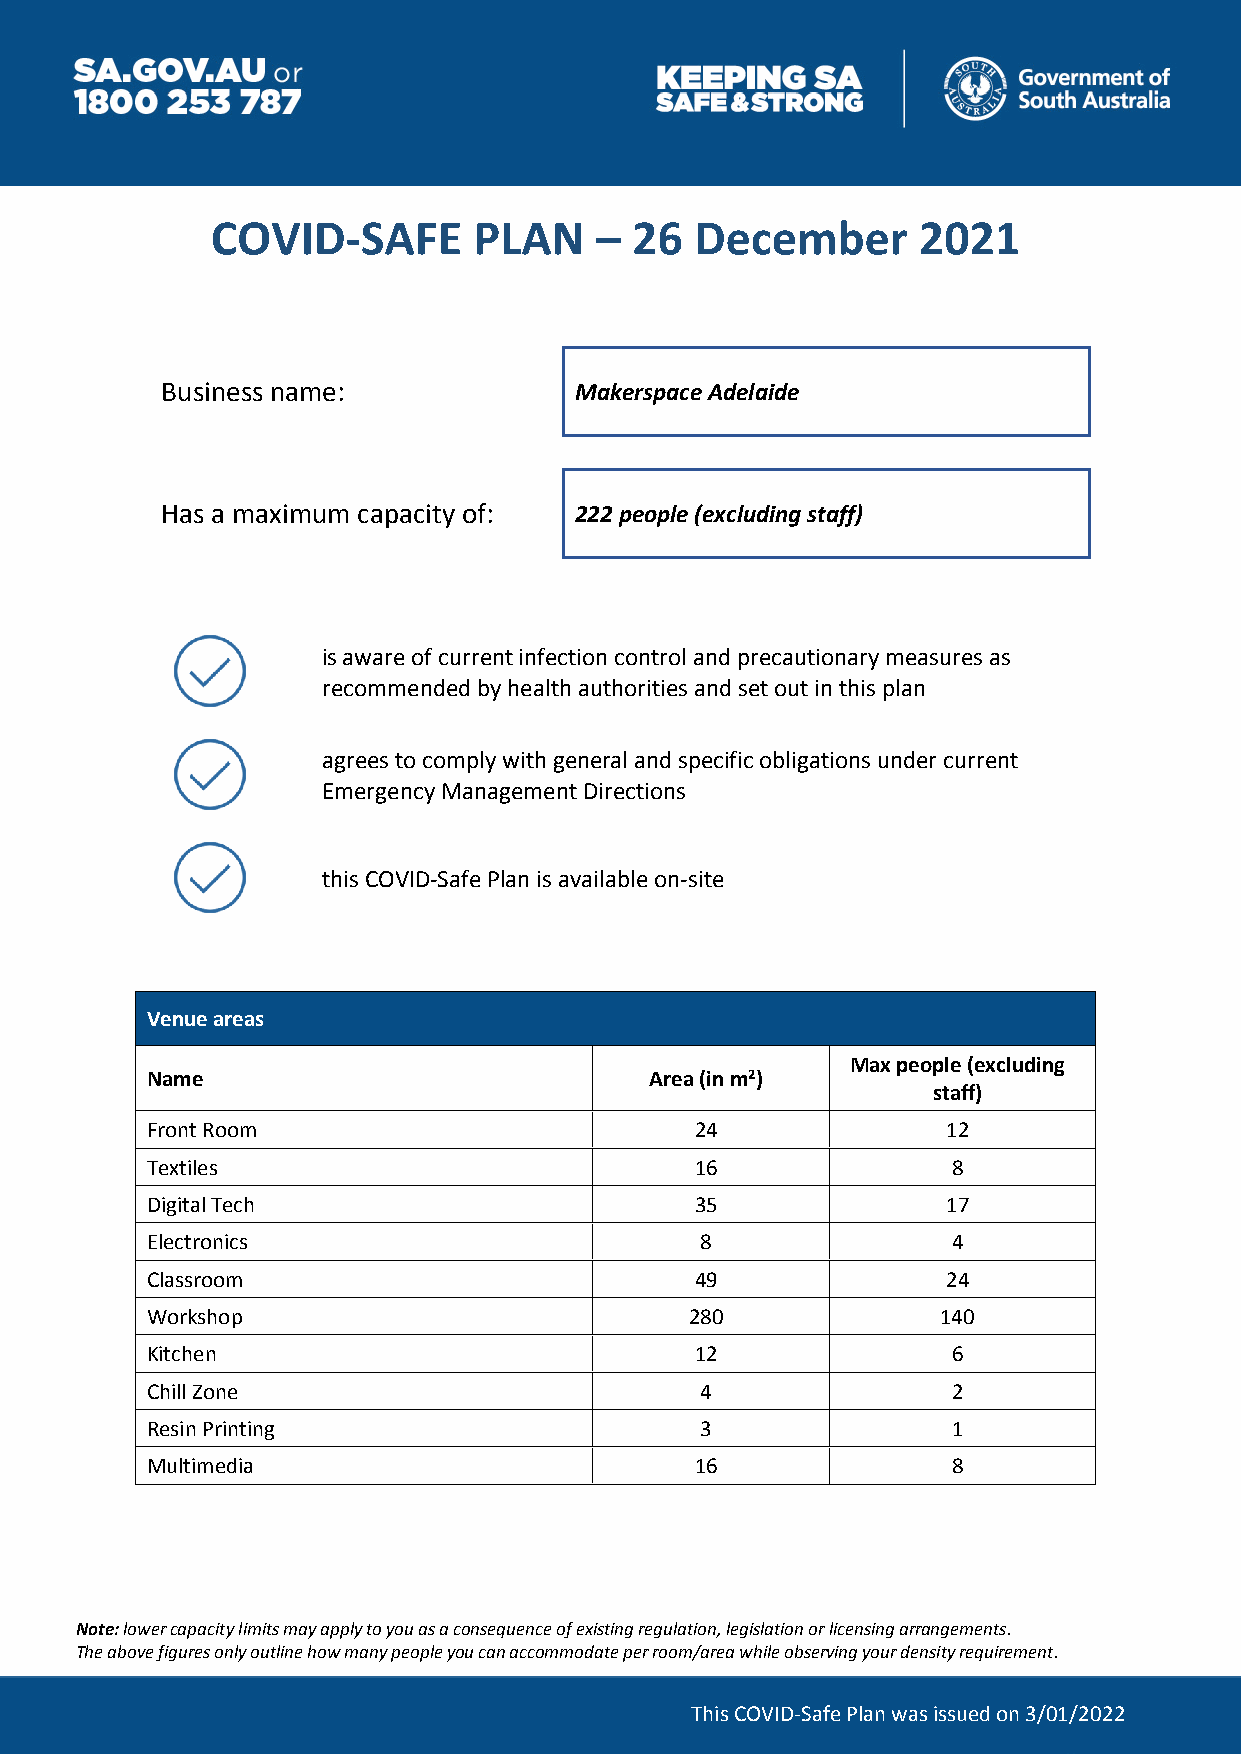
COVID-SAFE       PLAN    –  26  December       2021
 Business name:             Makerspace Adelaide
 Has a maximum capacity of: 222 people (excluding staff)
 is aware of current infection control and precautionary measures as
 recommended by health authorities and set out in this plan
 agrees to comply with general and specific obligations under current
 Emergency Management Directions
 this COVID-Safe Plan is available on-site
 Venue areas
 Max people (excluding
 Name                             Area (in m2)
 staff)
 Front Room                          24               12
 Textiles                            16               8
 Digital Tech                        35               17
 Electronics                         8                4
 Classroom                           49               24
 Workshop                            280             140
 Kitchen                             12               6
 Chill Zone                          4                2
 Resin Printing                      3                1
 Multimedia                          16               8
 Note: lower capacity limits may apply to you as a consequence of existing regulation, legislation or licensing arrangements.
 The above figures only outline how many people you can accommodate per room/area while observing your density requirement.
 This COVID-Safe Plan was issued on 3/01/2022